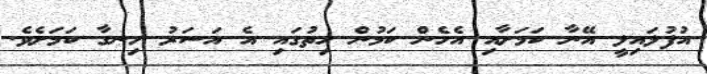
އުފުލައިލީ އޭނާ ކަމަށާއި އެހެން ކަމުން ހިތުގައި އެ އަސަރު ހިނގާ ކަމަށެވެ.